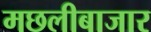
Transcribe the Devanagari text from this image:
मछलीबाजार